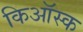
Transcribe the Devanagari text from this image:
किऑस्क